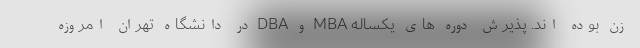
زن بوده اند. پذیرش دوره های يکساله MBA و DBA در دانشگاه تهران امروزه